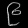
Digit: ၉